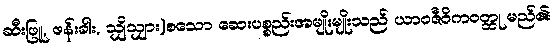
ဆီးဖြူ, ဖန်းခါး, သျှိသျှား)စသော ဆေးပစ္စည်းအမျိုးမျိုးသည် ယာဝဇီဝိကဝတ္ထု မည်၏၊